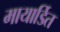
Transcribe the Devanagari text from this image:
मायार्डित